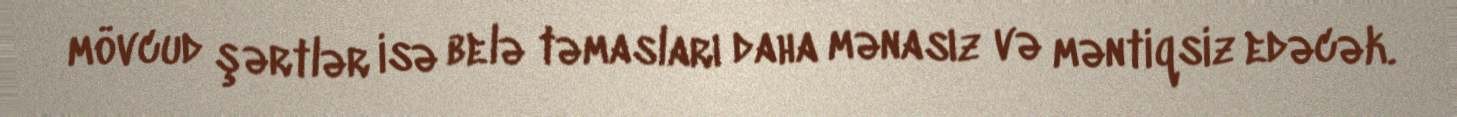
mövcud şərtlər isə belə təmasları daha mənasız və məntiqsiz edəcək.